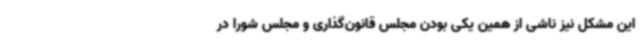
این مشکل نیز ناشی از همین یکی بودن مجلس قانون‌گذاری و مجلس شورا در